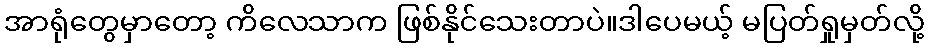
အာရုံတွေမှာတော့ ကိလေသာက ဖြစ်နိုင်သေးတာပဲ။ဒါပေမယ့် မပြတ်ရှုမှတ်လို့